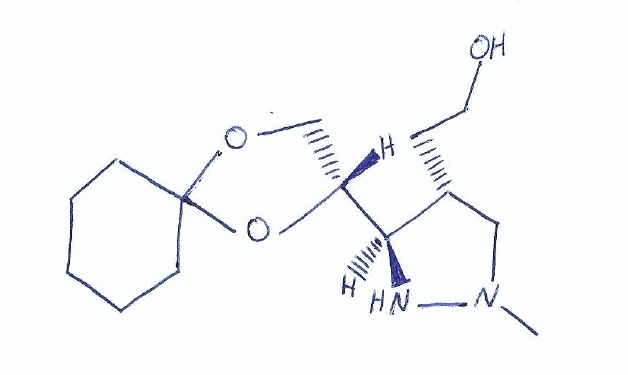
Simplified molecular-input line-entry system (SMILES) notation of the given molecule:
CN1C(=O)[C@H]([C@@H](N1)[C@H]2COC3(O2)CCCCC3)CCO